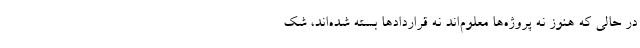
در حالی که هنوز نه پروژه‌ها معلوم‌اند نه قراردادها بسته شده‌اند، شک